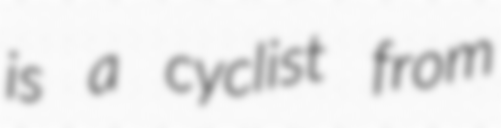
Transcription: is a cyclist from